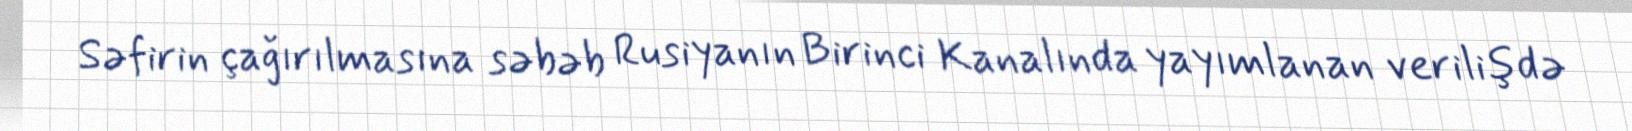
Səfirin çağırılmasına səbəb Rusiyanın Birinci Kanalında yayımlanan verilişdə